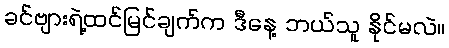
ခင်ဗျားရဲ့ထင်မြင်ချက်က ဒီနေ့ ဘယ်သူ နိုင်မလဲ။